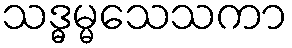
သဒ္ဓမ္မသေသကာ